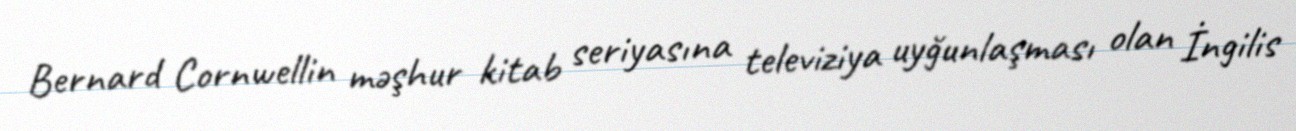
Bernard Cornwellin məşhur kitab seriyasına televiziya uyğunlaşması olan İngilis